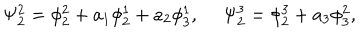
\Psi _ { 2 } ^ { 2 } = \phi _ { 2 } ^ { 2 } + a _ { 1 } \phi _ { 2 } ^ { 1 } + a _ { 2 } \phi _ { 3 } ^ { 1 } , ~ ~ \Psi _ { 2 } ^ { 3 } = \phi _ { 2 } ^ { 3 } + a _ { 3 } \phi _ { 3 } ^ { 2 } ,